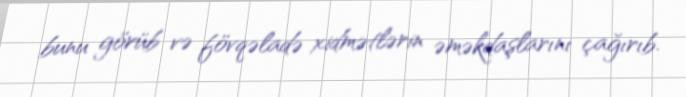
bunu görüb və fövqəladə xidmətlərin əməkdaşlarını çağırıb.